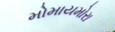
મોમાયમોરા